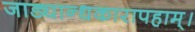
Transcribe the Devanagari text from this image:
जाड्यान्धकारापहाम्‌।